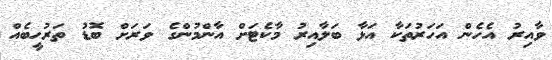
ވާއިރު އެހެން އަހަރުތަކާ އަޅާ ބަލާއިރު މާކެޓަށް އާންމުންގެ ވަރަށް ބޮޑު ތަރުހީބެއް